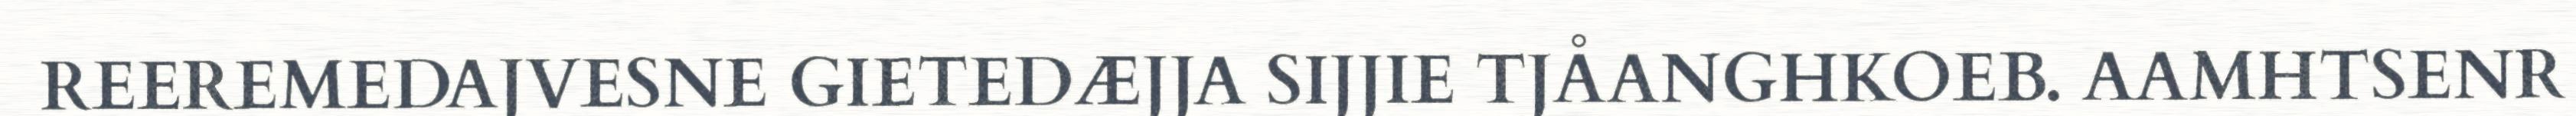
REEREMEDAJVESNE GIETEDÆJJA SIJJIE TJÅANGHKOEB. AAMHTSENR